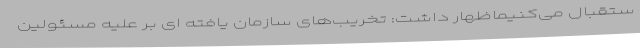
ستقبال می‌کنیماظهار داشت: تخریب‌های سازمان یافته ای بر علیه مسئولین